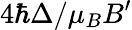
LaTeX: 4\hbar\Delta/\mu_{B}B^{\prime}